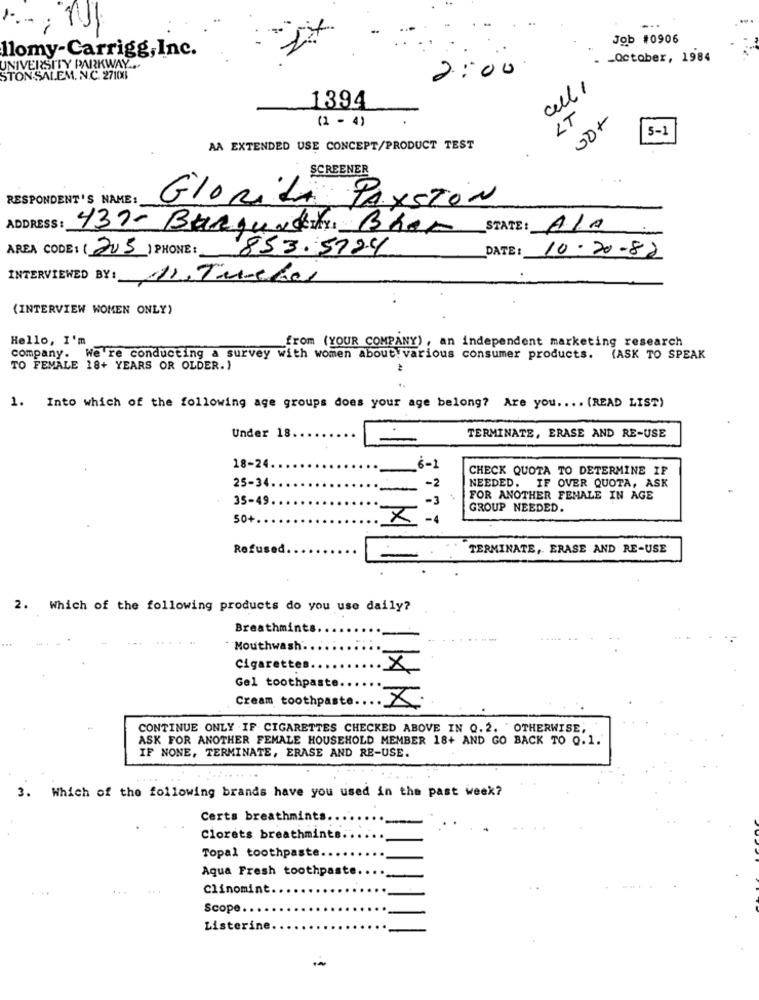
1.
Job #0906
llomy-Carrigg, Inc.
-October, 1984
UNIVERSITY PARKWAY ...
2:00
STON-SALEM. N.C. 27100
all ,
1394
(1 - 4)
LT
00+
5-1
AA EXTENDED USE CONCEPT/PRODUCT TEST
SCREENER
RESPONDENT'S NAME:
GloriLA PAYSTÓN
ADDRESS : 439- Burgundy Bhar
STATE : ALA
AREA CODE: (205) PHONE:
853.5724
DATE :
10-20-82
INTERVIEWED BY: MI Tuchai
(INTERVIEW WOMEN ONLY)
Hello, I'm
from (YOUR COMPANY) , an independent marketing research
company. We're conducting a survey with women about various consumer products. (ASK TO SPEAK
TO FEMALE 18+ YEARS OR OLDER.)
1. Into which of the following age groups does your age belong? Are you .... (READ LIST)
Under 18
TERMINATE, ERASE AND RE-USE
18-24.
6-1
CHECK QUOTA TO DETERMINE IF
25-34.
NEEDED. IF OVER QUOTA, ASK
35-49.
FOR ANOTHER FEMALE IN AGE
GROUP NEEDED.
50+.
X
Refused.
TERMINATE, ERASE AND RE-USE
2. Which of the following products do you use daily?
Breathmints ..
"Mouthwash ...
Cigarettes
.x
Gel toothpaste
Cream toothpaste.
X
CONTINUE ONLY .IF CIGARETTES CHECKED ABOVE IN 0.2. OTHERWISE,
ASK FOR ANOTHER FEMALE HOUSEHOLD MEMBER 18+ AND GO BACK TO 0.1.
IF NONE, TERMINATE, ERASE AND RE-USE.
3. Which of the following brands have you used in the past week?
Certs breathmints.
Clorets breathmints
Topal toothpaste.
Aqua Fresh toothpaste.
Clinomint.
Scope
Listerine